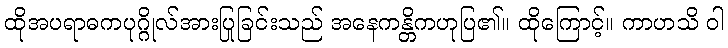
ထိုအပရာဓကပုဂ္ဂိုလ်အားပြုခြင်းသည် အနေကန္တိကဟုပြ၏။ ထိုကြောင့်။ ကာဟသိ ဝါ